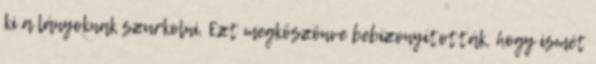
ki a lányoknak szurkolni. Ezt megköszönve bebizonyították, hogy ismét